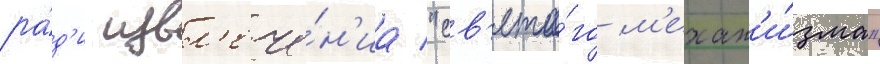
ра́д'и извл'ече́н'иа "св'ято́го м'ехан'и́зма"